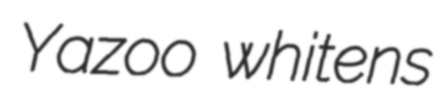
Yazoo whitens